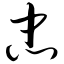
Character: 忠